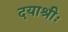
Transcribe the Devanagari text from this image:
दयाश्रीः